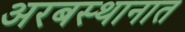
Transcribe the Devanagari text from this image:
अरबस्थानात